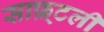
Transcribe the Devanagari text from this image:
साफ़्टली